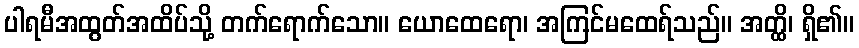
ပါရမီအထွတ်အထိပ်သို့ တက်ရောက်သော။ ယောထေရော၊ အကြင်မထေရ်သည်။ အတ္ထိ၊ ရှိ၏။